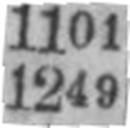
1249